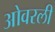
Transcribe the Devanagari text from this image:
ओवरली